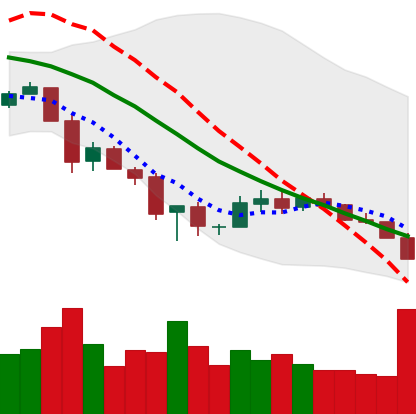
Ticker: XLM-USD
Chart end date: 2018-12-06
Forward return: -5.652%
Label: down_5_7